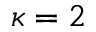
\kappa = 2